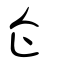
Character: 企